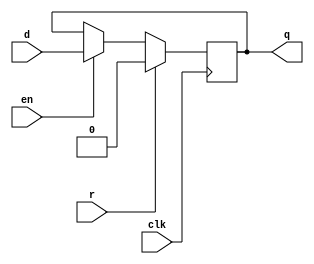
//D
module dffre(d, en, r, clk, q);
    parameter n = 1; //n = 1D
    input en, r, clk;
    input [n-1:0] d;
    output [n-1:0] q;
    reg [n-1:0] q;
    always @(posedge clk)
        if(r) q = {n{1'b0}};
        else if(en) q = d;
             else q = q;

endmodule